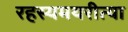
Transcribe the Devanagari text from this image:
रहस्यमयरीत्या